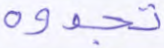
تجدوه